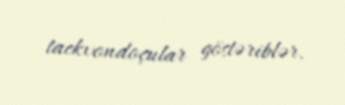
taekvondoçular göstəriblər.